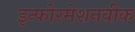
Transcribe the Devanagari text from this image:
इन्फोरमेशनवीक